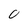
Character: 0